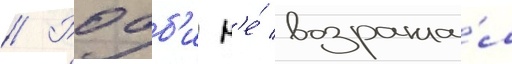
// Робб'и н'е́ возража́л